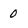
Character: 0